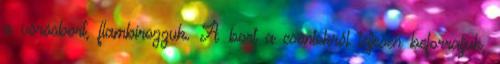
a vörösbort, flambírozzuk. A bort a csontokról teljesen beforraljuk,